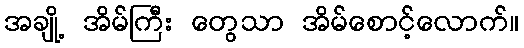
အချို့ အိမ်ကြီး တွေသာ အိမ်စောင့်လောက်။